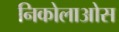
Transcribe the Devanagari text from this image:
निकोलाओस